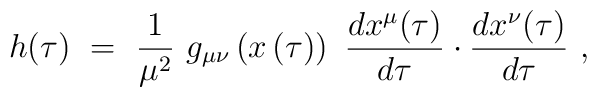
h(\tau) \ = \ \frac{1}{\mu^2} \ g_{\mu\nu}\left(x\left(\tau\right)\right) \ \frac{dx^\mu(\tau)}{d\tau} \cdot\frac{dx^\nu(\tau)}{d\tau} \ ,